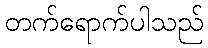
တက်ရောက်ပါသည်